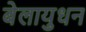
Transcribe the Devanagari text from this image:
बेलायुधन